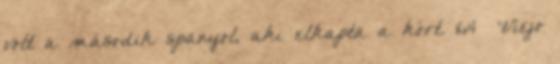
volt a második spanyol, aki elkapta a kórt. 164 Viejo